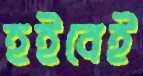
হইবেই